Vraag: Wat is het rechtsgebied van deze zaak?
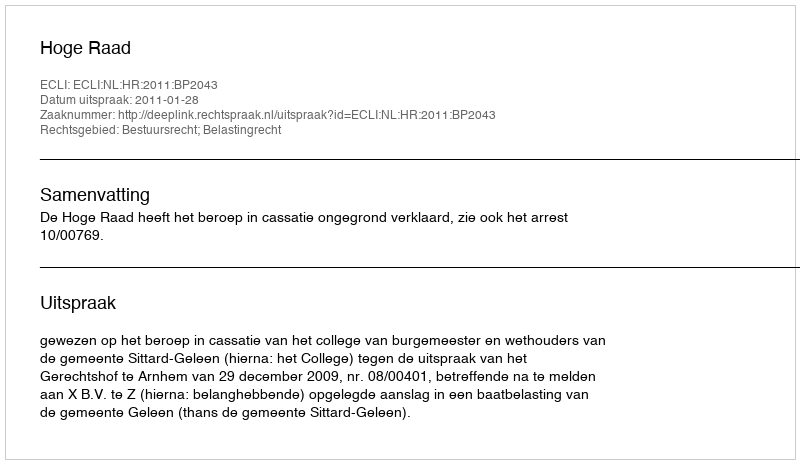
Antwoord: Bestuursrecht; Belastingrecht